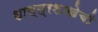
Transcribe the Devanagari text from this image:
शास्त्रशाखेची